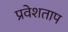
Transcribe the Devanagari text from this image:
प्रवेशताप